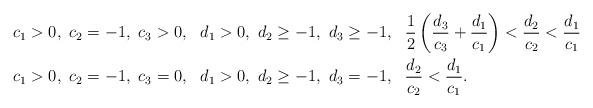
LaTeX: \begin{align*}&c_1>0, \ c_2 = -1, \ c_3> 0, \ \ d_1>0, \ d_2\geq -1, \ d_3\geq-1, \ \ \frac{1}{2} \left(\frac{d_3}{c_3}+\frac{d_1}{c_1}\right) < \frac{d_2}{c_2} < \frac{d_1}{c_1} \\&c_1>0, \ c_2 = -1, \ c_3=0, \ \ d_1>0, \ d_2\geq -1, \ d_3=-1, \ \ \frac{d_2}{c_2} < \frac{d_1}{c_1}.\end{align*}